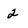
Character: 2